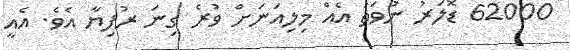
62000 ޑޮލަރު ނުވަތަ އެއް މިލިއަނަށް ވުރެ ގިނަ ރުފިޔާ އެވެ. އެއީ